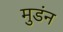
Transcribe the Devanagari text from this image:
मुडंन